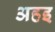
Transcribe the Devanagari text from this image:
अहइ